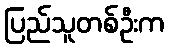
ပြည်သူတစ်ဦးက